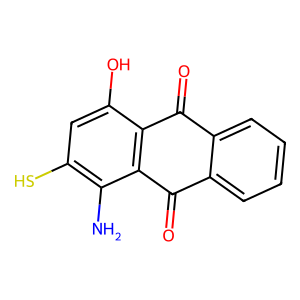
SMILES: Nc1c(S)cc(O)c2c1C(=O)c1ccccc1C2=O
Inhibits HIV replication: No